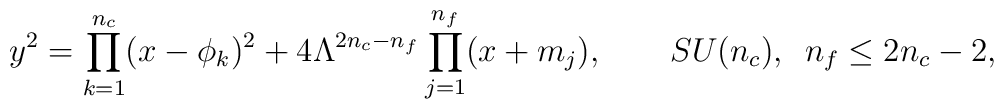
y^{2} = \prod_{k=1}^{n_{c}}(x-\phi_{k})^{2} + 4 \Lambda^{2n_{c}-n_{f}}    \prod_{j=1}^{n_{f}}(x+m_{j}), \qquad   SU(n_c), \, \,\,  n_f \le 2n_c-2,